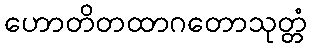
ဟောတိတထာဂတောသုတ္တံ